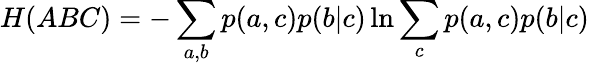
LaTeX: H(ABC)=-\sum_{a,b}p(a,c)p(b|c)\ln\sum_{c}p(a,c)p(b|c)